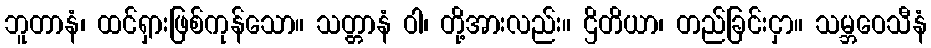
ဘူတာနံ၊ ထင်ရှားဖြစ်ကုန်သော။ သတ္တာနံ ဝါ၊ တို့အားလည်း။ ဌိတိယာ၊ တည်ခြင်းငှာ။ သမ္ဘဝေသီနံ